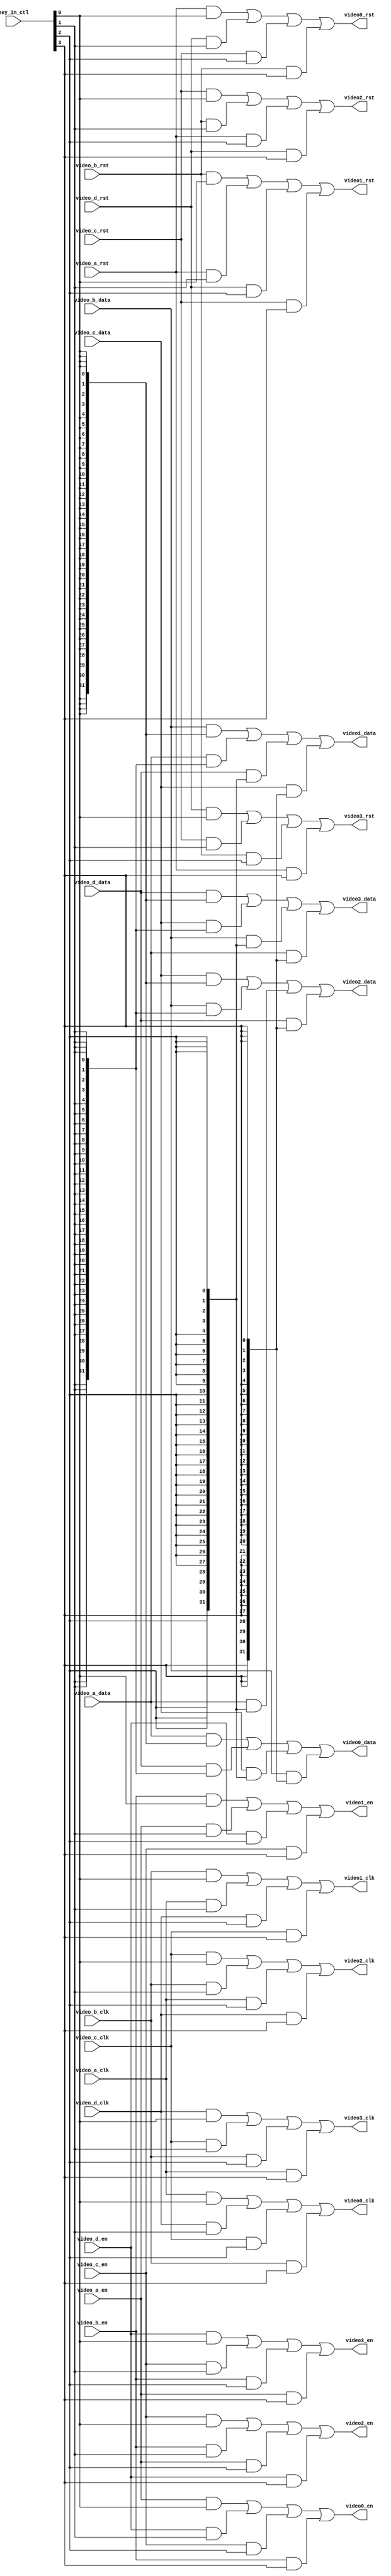
module zmx_rotate(

    input video_a_clk    ,
    input video_a_en    ,     
    input  [31:0]video_a_data,
    input video_a_rst  ,

    input video_b_clk    ,
    input video_b_en    ,
    input [31:0]video_b_data,
    input video_b_rst  ,

    input video_c_clk    ,
    input video_c_en    ,
    input  [31:0]video_c_data,
    input video_c_rst  ,

    input video_d_clk    ,
    input video_d_en    ,
    input  [31:0]video_d_data,
    input video_d_rst  ,

    output video0_clk,
    output video0_en,
    output [31:0] video0_data,
    output video0_rst,

    output video1_clk,
    output video1_en,
    output  [31:0]video1_data,
    output video1_rst,

    output video2_clk,
    output video2_en,
    output  [31:0]video2_data,
    output video2_rst,

    output video3_clk,
    output video3_en,
    output  [31:0]video3_data,
    output video3_rst,

    input [3:0] key_in_ctl
    );

    assign video0_clk = (video_a_clk&key_in_ctl[0])|(video_d_clk&key_in_ctl[1])|(video_c_clk&key_in_ctl[2])|(video_b_clk&key_in_ctl[3]);
    assign video0_en = (video_a_en&key_in_ctl[0])|(video_d_en&key_in_ctl[1])|(video_c_en&key_in_ctl[2])|(video_b_en&key_in_ctl[3]);
    assign video0_data = (video_a_data&{32{key_in_ctl[0]}})|(video_d_data&{32{key_in_ctl[1]}})|(video_c_data&{32{key_in_ctl[2]}})|(video_b_data&{32{key_in_ctl[3]}});
    assign video0_rst = (video_a_rst&key_in_ctl[0])|(video_d_rst&key_in_ctl[1])|(video_c_rst&key_in_ctl[2])|(video_b_rst&key_in_ctl[3]);

    assign video1_clk = (video_b_clk&key_in_ctl[0])|(video_a_clk&key_in_ctl[1])|(video_d_clk&key_in_ctl[2])|(video_c_clk&key_in_ctl[3]);
    assign video1_en = (video_b_en&key_in_ctl[0])|(video_a_en&key_in_ctl[1])|(video_d_en&key_in_ctl[2])|(video_c_en&key_in_ctl[3]);
    assign video1_data = (video_b_data&{32{key_in_ctl[0]}})|(video_a_data&{32{key_in_ctl[1]}})|(video_d_data&{32{key_in_ctl[2]}})|(video_c_data&{32{key_in_ctl[3]}});
    assign video1_rst = (video_b_rst&key_in_ctl[0])|(video_a_rst&key_in_ctl[1])|(video_d_rst&key_in_ctl[2])|(video_c_rst&key_in_ctl[3]);

    assign video2_clk = (video_c_clk&key_in_ctl[0])|(video_b_clk&key_in_ctl[1])|(video_a_clk&key_in_ctl[2])|(video_d_clk&key_in_ctl[3]);
    assign video2_en = (video_c_en&key_in_ctl[0])|(video_b_en&key_in_ctl[1])|(video_a_en&key_in_ctl[2])|(video_d_en&key_in_ctl[3]);
    assign video2_data = (video_c_data&{32{key_in_ctl[0]}})|(video_b_data&{32{key_in_ctl[1]}})|(video_a_data&{32{key_in_ctl[2]}})|(video_d_data&{32{key_in_ctl[3]}});
    assign video2_rst = (video_c_rst&key_in_ctl[0])|(video_b_rst&key_in_ctl[1])|(video_a_rst&key_in_ctl[2])|(video_d_rst&key_in_ctl[3]);

    assign video3_clk = (video_d_clk&key_in_ctl[0])|(video_c_clk&key_in_ctl[1])|(video_b_clk&key_in_ctl[2])|(video_a_clk&key_in_ctl[3]);
    assign video3_en = (video_d_en&key_in_ctl[0])|(video_c_en&key_in_ctl[1])|(video_b_en&key_in_ctl[2])|(video_a_en&key_in_ctl[3]);
    assign video3_data = (video_d_data&{32{key_in_ctl[0]}})|(video_c_data&{32{key_in_ctl[1]}})|(video_b_data&{32{key_in_ctl[2]}})|(video_a_data&{32{key_in_ctl[3]}});
    assign video3_rst = (video_d_rst&key_in_ctl[0])|(video_c_rst&key_in_ctl[1])|(video_b_rst&key_in_ctl[2])|(video_a_rst&key_in_ctl[3]);

endmodule